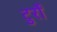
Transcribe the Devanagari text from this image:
टुर्रों